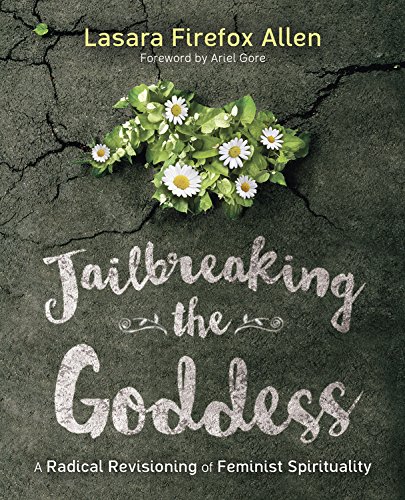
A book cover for Jailbreaking the Goddess: A Radical Revisioning of Feminist Spirituality; Lasara Firefox Allen; Religion & Spirituality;